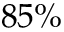
8 5 \%